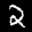
Label: 2